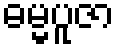
ဓမ္မပူဇာ